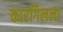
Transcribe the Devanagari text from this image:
कारगिलला